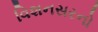
વિશનસરનો